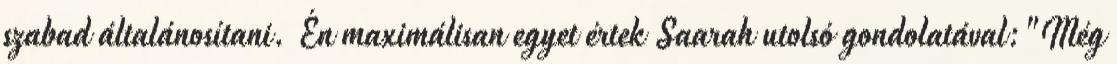
szabad általánosítani. Én maximálisan egyet értek Saarah utolsó gondolatával:"Még